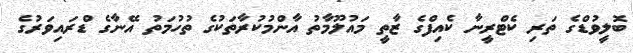
ބޮލީވުޑްގެ ތަރި ކެޓްރީނާ ކެއިފްގެ ޒާތީ މައުލޫމާތު އާންމުކުރާތަކުގެ ތުހުމަތު އޭނާގެ ޑްރައިވަރުގެ